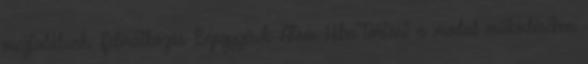
megtalálunk. Feliratkozás: Bejegyzések Atom Hiba történt a modul működésében